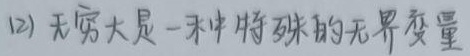
(2) 无穷大是一种特殊的无界变量